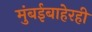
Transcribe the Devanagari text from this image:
मुंबईबाहेरही